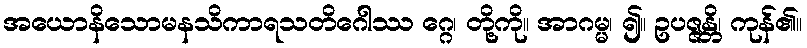
အယောနိသောမနသိကာရသတိဂေါဿ ဂ္ဂေ၊ တို့ကို။ အာဂမ္မ၊ ၍။ ဥပဇ္ဇန္တိ၊ ကုန်၏။